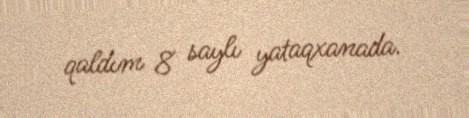
qaldım 8 saylı yataqxanada.